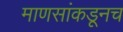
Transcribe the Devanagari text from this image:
माणसांकडूनच